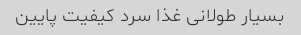
بسیار طولانی غذا سرد کیفیت پایین